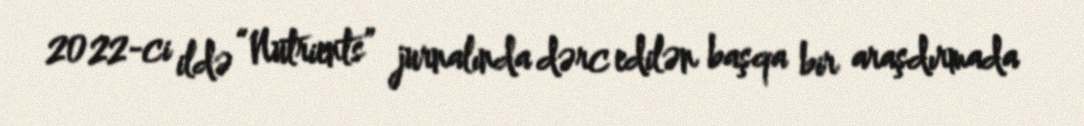
2022-ci ildə “Nutrients” jurnalında dərc edilən başqa bir araşdırmada